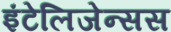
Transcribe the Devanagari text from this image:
इंटेलिजेन्सस